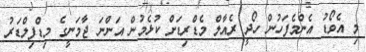
މި އެވޯޑު އެންމެފަހުން ހޯދީ ރެއާލް މެޑްރިޑަށް ކުޅެމުން އަންނަ ޖާމަނީގެ މިޑްފިލްޑަރު